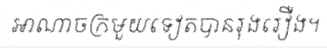
អាណាចក្រមួយទៀតបានរុងរឿង។